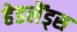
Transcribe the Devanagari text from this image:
हेडलैंड्स